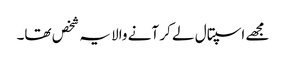
مجھے اسپتال لے کر آنے والا یہ شخص تھا۔